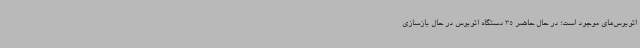
اتوبوس‌های موجود است؛ در حال حاضر 35 دستگاه اتوبوس در حال بازسازی